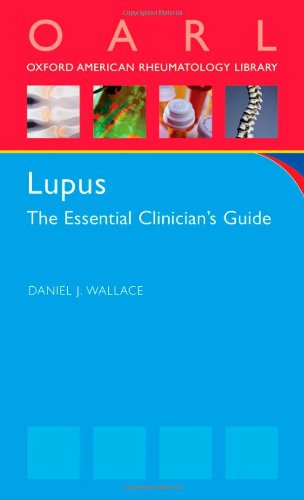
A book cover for Lupus: The Essential Clinician's Guide (Oxford American Rheumatology Library); Health, Fitness & Dieting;